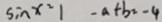
\sin x ^ { 2 } 1 - a + b = - 4